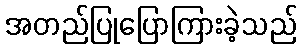
အတည်ပြုပြောကြားခဲ့သည်